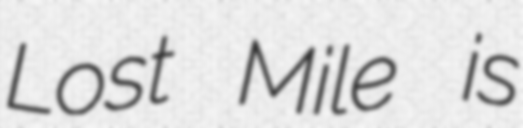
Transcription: Lost Mile is